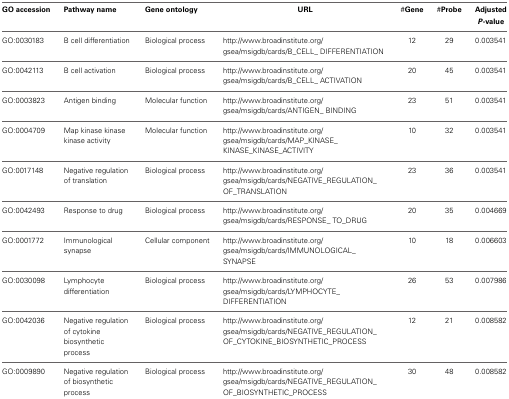
<table><thead><tr><td><b>GO accession</b></td><td><b>Pathway name</b></td><td><b>Gene ontology</b></td><td><b>URL</b></td><td><b>#Gene</b></td><td><b>#Probe</b></td><td><b>Adjusted <i>P</i>-value</b></td></tr></thead><tbody><tr><td>GO:0030183</td><td>B cell differentiation</td><td>Biological process</td><td>http://www.broadinstitute.org/gsea/msigdb/cards/B_CELL_DIFFERENTIATION</td><td>12</td><td>29</td><td>0.003541</td></tr><tr><td>GO:0042113</td><td>B cell activation</td><td>Biological process</td><td>http://www.broadinstitute.org/gsea/msigdb/cards/B_CELL_ACTIVATION</td><td>20</td><td>45</td><td>0.003541</td></tr><tr><td>GO:0003823</td><td>Antigen binding</td><td>Molecular function</td><td>http://www.broadinstitute.org/gsea/msigdb/cards/ANTIGEN_BINDING</td><td>23</td><td>51</td><td>0.003541</td></tr><tr><td>GO:0004709</td><td>Map kinase kinase kinase activity</td><td>Molecular function</td><td>http://www.broadinstitute.org/gsea/msigdb/cards/MAP_KINASE_KINASE_KINASE_ACTIVITY</td><td>10</td><td>32</td><td>0.003541</td></tr><tr><td>GO:0017148</td><td>Negative regulation of translation</td><td>Biological process</td><td>http://www.broadinstitute.org/gsea/msigdb/cards/NEGATIVE_REGULATION_OF_TRANSLATION</td><td>23</td><td>36</td><td>0.003541</td></tr><tr><td>GO:0042493</td><td>Response to drug</td><td>Biological process</td><td>http://www.broadinstitute.org/gsea/msigdb/cards/RESPONSE_TO_DRUG</td><td>20</td><td>35</td><td>0.004669</td></tr><tr><td>GO:0001772</td><td>Immunological synapse</td><td>Cellular component</td><td>http://www.broadinstitute.org/gsea/msigdb/cards/IMMUNOLOGICAL_SYNAPSE</td><td>10</td><td>18</td><td>0.006603</td></tr><tr><td>GO:0030098</td><td>Lymphocyte differentiation</td><td>Biological process</td><td>http://www.broadinstitute.org/gsea/msigdb/cards/LYMPHOCYTE_DIFFERENTIATION</td><td>26</td><td>53</td><td>0.007986</td></tr><tr><td>GO:0042036</td><td>Negative regulation of cytokine biosynthetic process</td><td>Biological process</td><td>http://www.broadinstitute.org/gsea/msigdb/cards/NEGATIVE_REGULATION_OF_CYTOKINE_BIOSYNTHETIC_PROCESS</td><td>12</td><td>21</td><td>0.008582</td></tr><tr><td>GO:0009890</td><td>Negative regulation of biosynthetic process</td><td>Biological process</td><td>http://www.broadinstitute.org/gsea/msigdb/cards/NEGATIVE_REGULATION_OF_BIOSYNTHETIC_PROCESS</td><td>30</td><td>48</td><td>0.008582</td></tr></tbody></table>